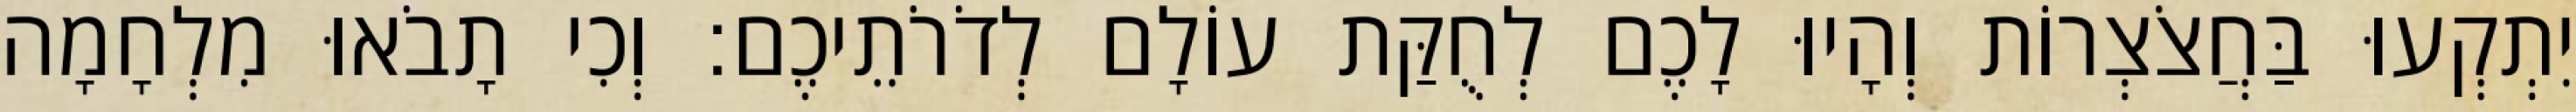
יִתְקְעוּ בַּחֲצֹצְרוֹת וְהָיוּ לָכֶם לְחֻקַּת עוֹלָם לְדֹרֹתֵיכֶם׃ וְכִי תָבֹאוּ מִלְחָמָה